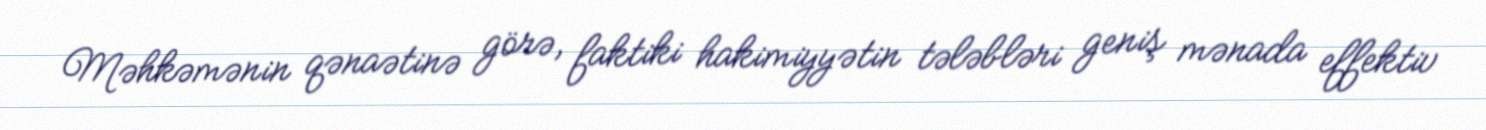
Məhkəmənin qənaətinə görə, faktiki hakimiyyətin tələbləri geniş mənada effektiv